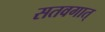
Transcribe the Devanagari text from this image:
सतवगात्